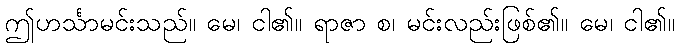
ဤဟင်္သာမင်းသည်။ မေ၊ ငါ၏။ ရာဇာ စ၊ မင်းလည်းဖြစ်၏။ မေ၊ ငါ၏။